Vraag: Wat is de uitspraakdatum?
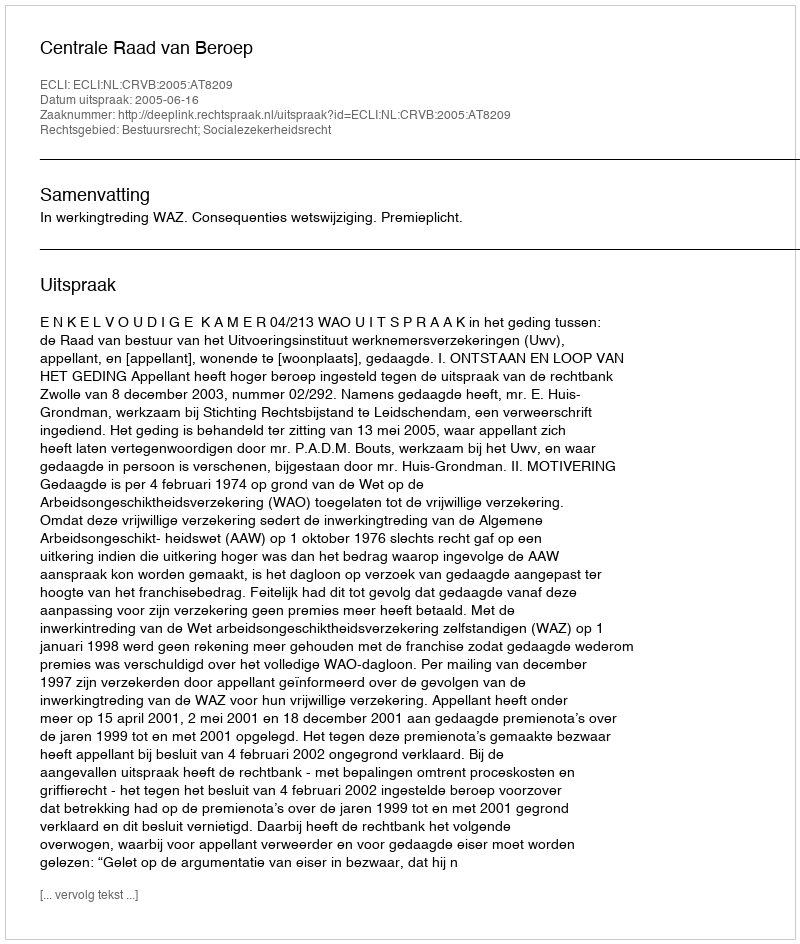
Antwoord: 2005-06-16